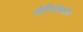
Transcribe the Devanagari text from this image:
लैरिंगोस्कोप